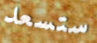
ستسعد